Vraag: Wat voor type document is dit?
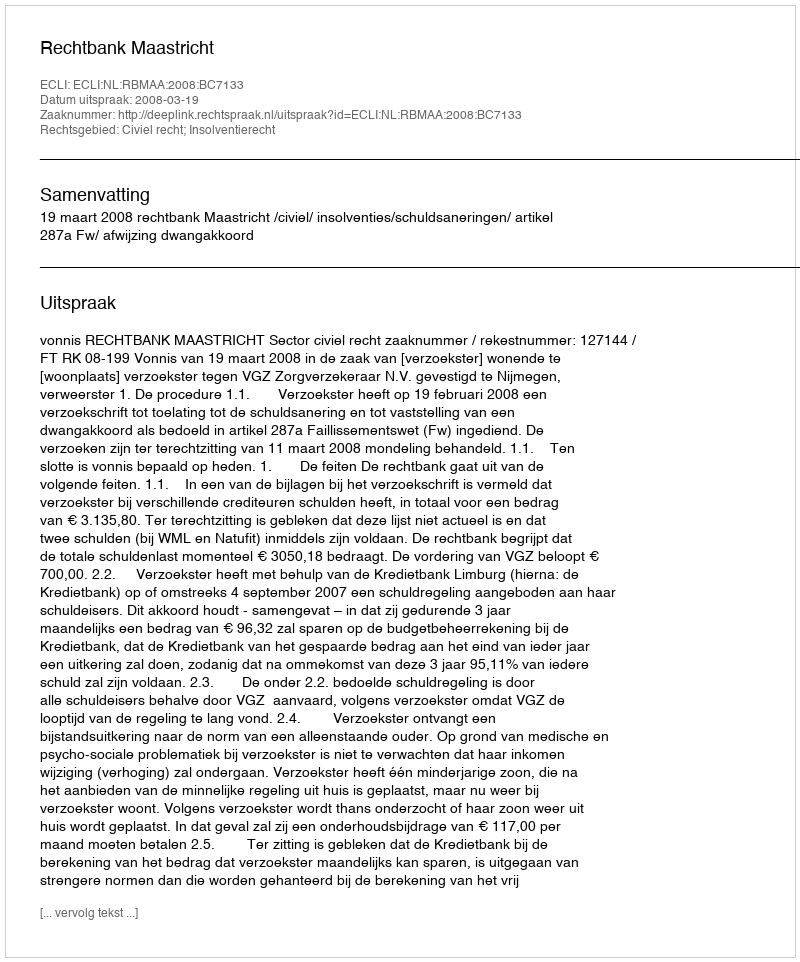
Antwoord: Uitspraak